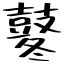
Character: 鼕